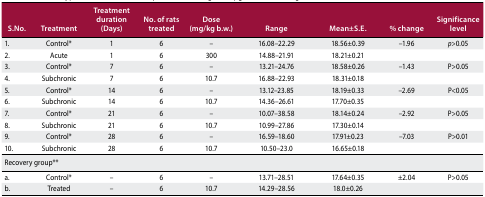
| S.No. | Treatment | Treatment duration (Days) | No. of rats treated | Dose (mg/kg b.w.) | Range | Mean±S.E. | % change | Significance level |
 | --- | --- | --- | --- | --- | --- | --- | --- | --- |
 | 1. | Control* | 1 | 6 | – | 16.08–22.29 | 18.56±0.39 | −1.96 | p>0.05 |
 | 2. | Acute | 1 | 6 | 300 | 14.88–21.91 | 18.21±0.21 |  |  |
 | 3. | Control* | 7 | 6 | – | 13.21–24.76 | 18.58±0.26 | −1.43 | P>0.05 |
 | 4. | Subchronic | 7 | 6 | 10.7 | 16.88–22.93 | 18.31±0.18 |  |  |
 | 5. | Control* | 14 | 6 | – | 13.12–23.85 | 18.19±0.33 | −2.69 | P<0.05 |
 | 6. | Subchronic | 14 | 6 | 10.7 | 14.36–26.61 | 17.70±0.35 |  |  |
 | 7. | Control* | 21 | 6 | – | 10.07–38.58 | 18.14±0.24 | −2.92 | P>0.05 |
 | 8. | Subchronic | 21 | 6 | 10.7 | 10.99–27.86 | 17.30±0.14 |  |  |
 | 9. | Control* | 28 | 6 | – | 16.59–18.60 | 17.91±0.23 | −7.03 | P>0.01 |
 | 10. | Subchronic | 28 | 6 | 10.7 | 10.50–23.0 | 16.65±0.18 |  |  |
 | Recovery group** |  |  |  |  |  |  |  |  |
 | a. | Control* | – | 6 | – | 13.71–28.51 | 17.64±0.35 | ±2.04 | P>0.05 |
 | b. | Treated | – | 6 | 10.7 | 14.29–28.56 | 18.0±0.26 |  |  |